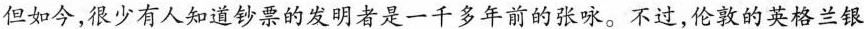
但如今，很少有人知道钞票的发明者是一千多年前的张咏。不过，伦敦的英格兰银